Vaccination United Provinces of Agra and Oudh 1902-1913 - 1902-1913
Year: 1902
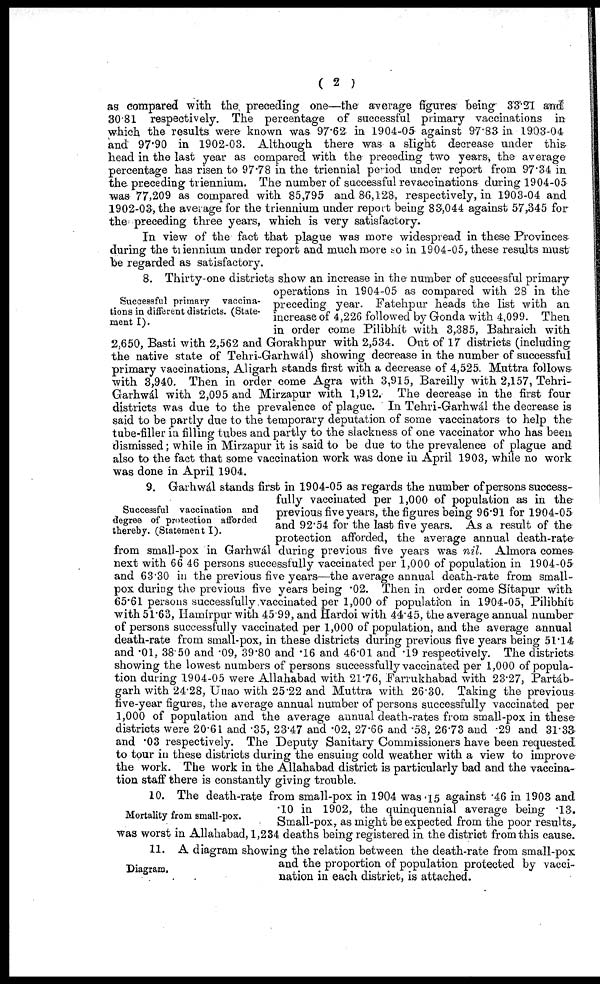
( 2 )
as compared with the preceding one—the average figures being 33.21 and
30 81 respectively. The percentage of successful primary vaccinations in
which the results were known was 97.62 in 1904-05 against 97.83 in 1903-04
and 97.90 in 1902-03. Although there was a slight decrease under this
head in the last year as compared with the preceding two years, the average
percentage has risen to 97.78 in the triennial period under report from 97.34 in
the preceding triennium. The number of successful revaccinations during 1904-05
was 77,209 as compared with 85,795 and 86,128, respectively, in 1903-04 and
1902-03, the average for the triennium under report being 83,044 against 57,345 for
the preceding three years, which is very satisfactory.
In view of the fact that plague was more widespread in these Provinces
during the triennium under report and much more so in 1904-05, these results must
be regarded as satisfactory.
Successful primary vaccina-
tions in different districts. (State-
ment I).
8. Thirty-one districts show an increase in the number of successful primary
operations in 1904-05 as compared with 28 in the
preceding year. Fatehpur heads the list with an
increase of 4,226 followed by Gonda with 4,099. Then
in order come Pilibhít with 3,385, Bahraich with
2,650, Basti with 2,562 and Gorakhpur with 2,534. Out of 17 districts (including
the native state of Tehri-Garhwál) showing decrease in the number of successful
primary vaccinations, Aligarh stands first with a decrease of 4,525. Muttra follows
with 3,940. Then in order come Agra with 3,915, Bareilly with 2,157, Tehri-
Garhwál with 2,095 and Mirzapur with 1,912. The decrease in the first four
districts was due to the prevalence of plague. In Tehri-Garhwál the decrease is
said to be partly due to the temporary deputation of some vaccinators to help the
tube-filler in filling tubes and partly to the slackness of one vaccinator who has been
dismissed; while in Mirzapur it is said to be due to the prevalence of plague and
also to the fact that some vaccination work was done in April 1903, while no work
was done in April 1904.
Successful vaccination and
degree of protection afforded
thereby. (Statement I).
9. Garhwál stands first in 1904-05 as regards the number of persons success-
fully vaccinated per 1,000 of population as in the
previous five years, the figures being 96.91 for 1904-05
and 92.54 for the last five years. As a result of the
protection afforded, the average annual death-rate
from small-pox in Garhwál during previous five years was nil. Almora comes
next with 66.46 persons successfully vaccinated per 1,000 of population in 1904-05
and 63.30 in the previous five years—the average annual death-rate from small-
pox during the previous five years being .02. Then in order come Sítapur with
65.61 persons successfully vaccinated per 1,000 of population in 1904-05, Pilibhít
with 51.63, Hamirpur with 45. 99, and Hardoi with 44.45, the average annual number
of persons successfully vaccinated per 1,000 of population, and the average annual
death-rate from small-pox, in these districts during previous five years being 51.14
and .01, 38.50 and .09, 39.80 and .16 and 46.01 and .19 respectively. The districts
showing the lowest numbers of persons successfully vaccinated per 1,000 of popula-
tion during 1904-05 were Allahabad with 21.76, Farrukhabad with 23.27, Partáb¬
garh with 24.28, Unao with 25.22 and Muttra with 26.30. Taking the previous
five-year figures, the average annual number of persons successfully vaccinated per
1,000 of population and the average annual death-rates from small-pox in these
districts were 20.61 and .35, 23.47 and .02, 27.66 and .58, 26.73 and .29 and 31.33
and .03 respectively. The Deputy Sanitary Commissioners have been requested
to tour in these districts during the ensuing cold weather with a view to improve
the work. The work in the Allahabad district is particularly bad and the vaccina-
tion staff there is constantly giving trouble.
Mortality from smallpox.
10. The death-rate from small-pox in 1904 was .15 against .46 in 1903 and
.10 in 1902, the quinquennial average being .13.
Small-pox, as might be expected from the poor results,
was worst in Allahabad, 1,234 deaths being registered in the district from this cause.
Diagram.
11. A diagram showing the relation between the death-rate from small-pox
and the proportion of population protected by vacci-
nation in each district, is attached.